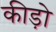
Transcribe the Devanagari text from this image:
कीड़ोे